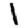
Digit: 1